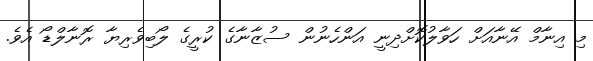
މި އިނާމް އޭނާއަށް ހަވާލުކޮށްދިނީ އަންހެނުން ސުޒާނާގެ ކުރީގެ ލޯބިވެރިޔާ ރޮނާލްޑޯ އެވެ.